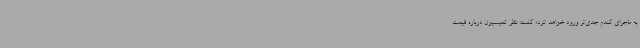
به ماجرای گندم جدی‌تر ورود خواهد کرد» گفت: نظر کمیسیون درباره قیمت